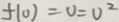
f ( 0 ) = 0 = 0 ^ { 2 }